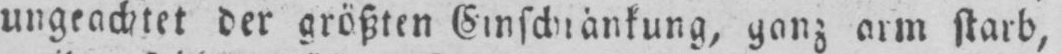
ungeachtet der größten Einschränkung, ganz arm starb,